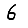
Digit: 6